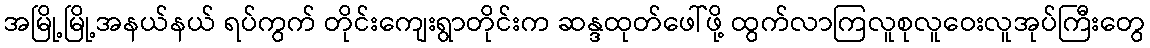
အမြို့မြို့အနယ်နယ် ရပ်ကွက် တိုင်းကျေးရွာတိုင်းက ဆန္ဒထုတ်ဖေါ်ဖို့ ထွက်လာကြလူစုလူဝေးလူအုပ်ကြီးတွေ